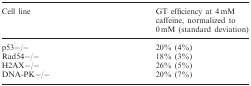
<table><thead><tr><td><b>Cell line</b></td><td><b>GT efficiency at 4 mM caffeine, normalized to 0 mM (standard deviation)</b></td></tr></thead><tbody><tr><td>p53−/−</td><td>20% (4%)</td></tr><tr><td>Rad54−/−</td><td>18% (3%)</td></tr><tr><td>H2AX−/−</td><td>26% (5%)</td></tr><tr><td>DNA-PK−/−</td><td>20% (7%)</td></tr></tbody></table>